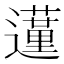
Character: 𨘦